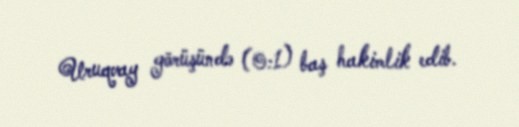
Uruqvay görüşündə (0:1) baş hakimlik edib.